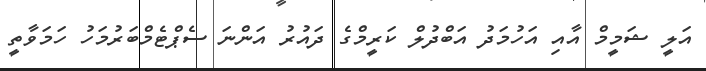
އަލީ ޝަމީމް އާއި އަހުމަދު އަބްދުލް ކަރީމްގެ ދައުރު އަންނަ ސެޕްޓެމްބަރުމަހު ހަމަވާތީ